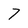
Character: 7